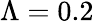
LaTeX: \Lambda=0.2